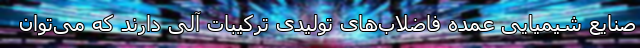
صنایع شیمیایی عمده فاضلاب‌های تولیدی ترکیبات آلی دارند که می‌توان